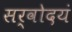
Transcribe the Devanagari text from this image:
सर्वोदयं